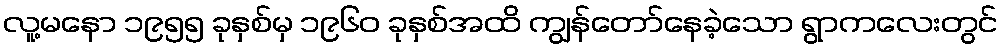
လူ့မနော ၁၉၅၅ ခုနှစ်မှ ၁၉၆၀ ခုနှစ်အထိ ကျွန်တော်နေခဲ့သော ရွာကလေးတွင်